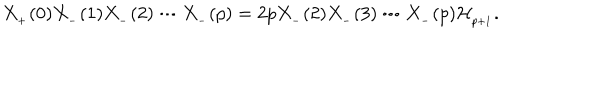
LaTeX: X _ { _ { + } } ( 0 ) X _ { _ { - } } ( 1 ) X _ { _ { - } } ( 2 ) \cdots X _ { _ { - } } ( p ) = 2 p X _ { _ { - } } ( 2 ) X _ { _ { - } } ( 3 ) \cdots X _ { _ { - } } ( p ) { \cal H } _ { _ { p + 1 } } .